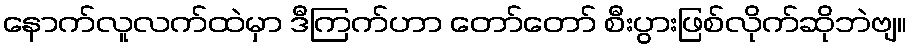
နောက်လူလက်ထဲမှာ ဒီကြက်ဟာ တော်တော် စီးပွားဖြစ်လိုက်ဆိုဘဲဗျ။